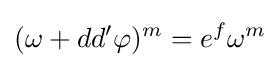
(\omega +dd'\varphi )^{m}=e^{f}\omega ^{m}